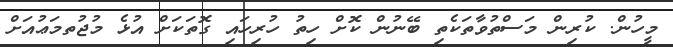
މީހުން. ކުރިން މަސްތުވާތަކެތި ބޭނުން ކޮށް ހިތު ހުރިހައި ގޮތަކަށް އުޅެ މުޖުތމަޢުއަށް